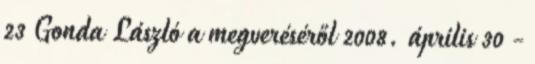
23 Gonda László a megveréséről 2008. április 30 -